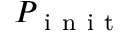
P _ { \mathrm { ~ i ~ n ~ i ~ t ~ } }